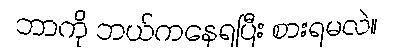
ဘာကို ဘယ်ကနေရပြီး စားရမလဲ။